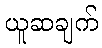
ယူဆချက်